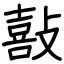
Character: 敼